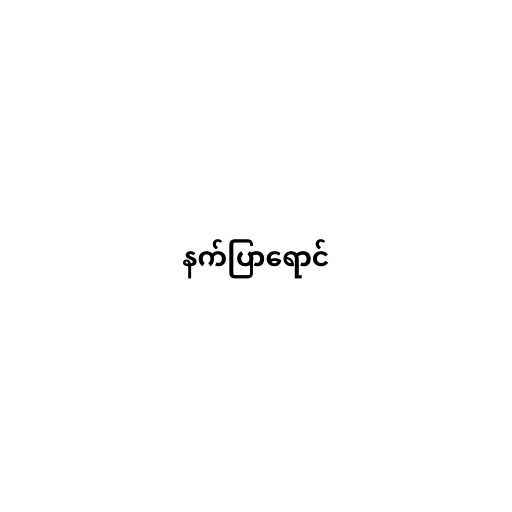
နက်ပြာရောင်